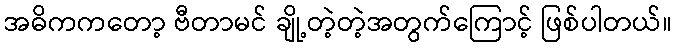
အဓိကကတော့ ဗီတာမင် ချို့တဲ့တဲ့အတွက်ကြောင့် ဖြစ်ပါတယ်။